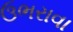
ઉભરાવા